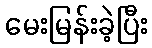
မေးမြန်းခဲ့ပြီး